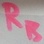
Text: RB